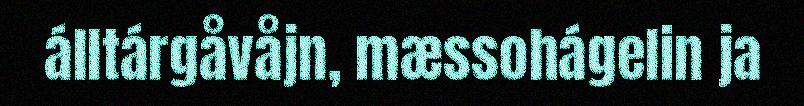
álltárgåvåjn, mæssohágelin ja